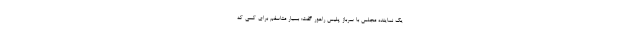
یک نماینده مجلس با سرباز پلیس راهور گفت: بسیار متاسفم برای کسی که